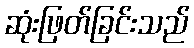
ဆုံးဖြတ်ခြင်းသည်